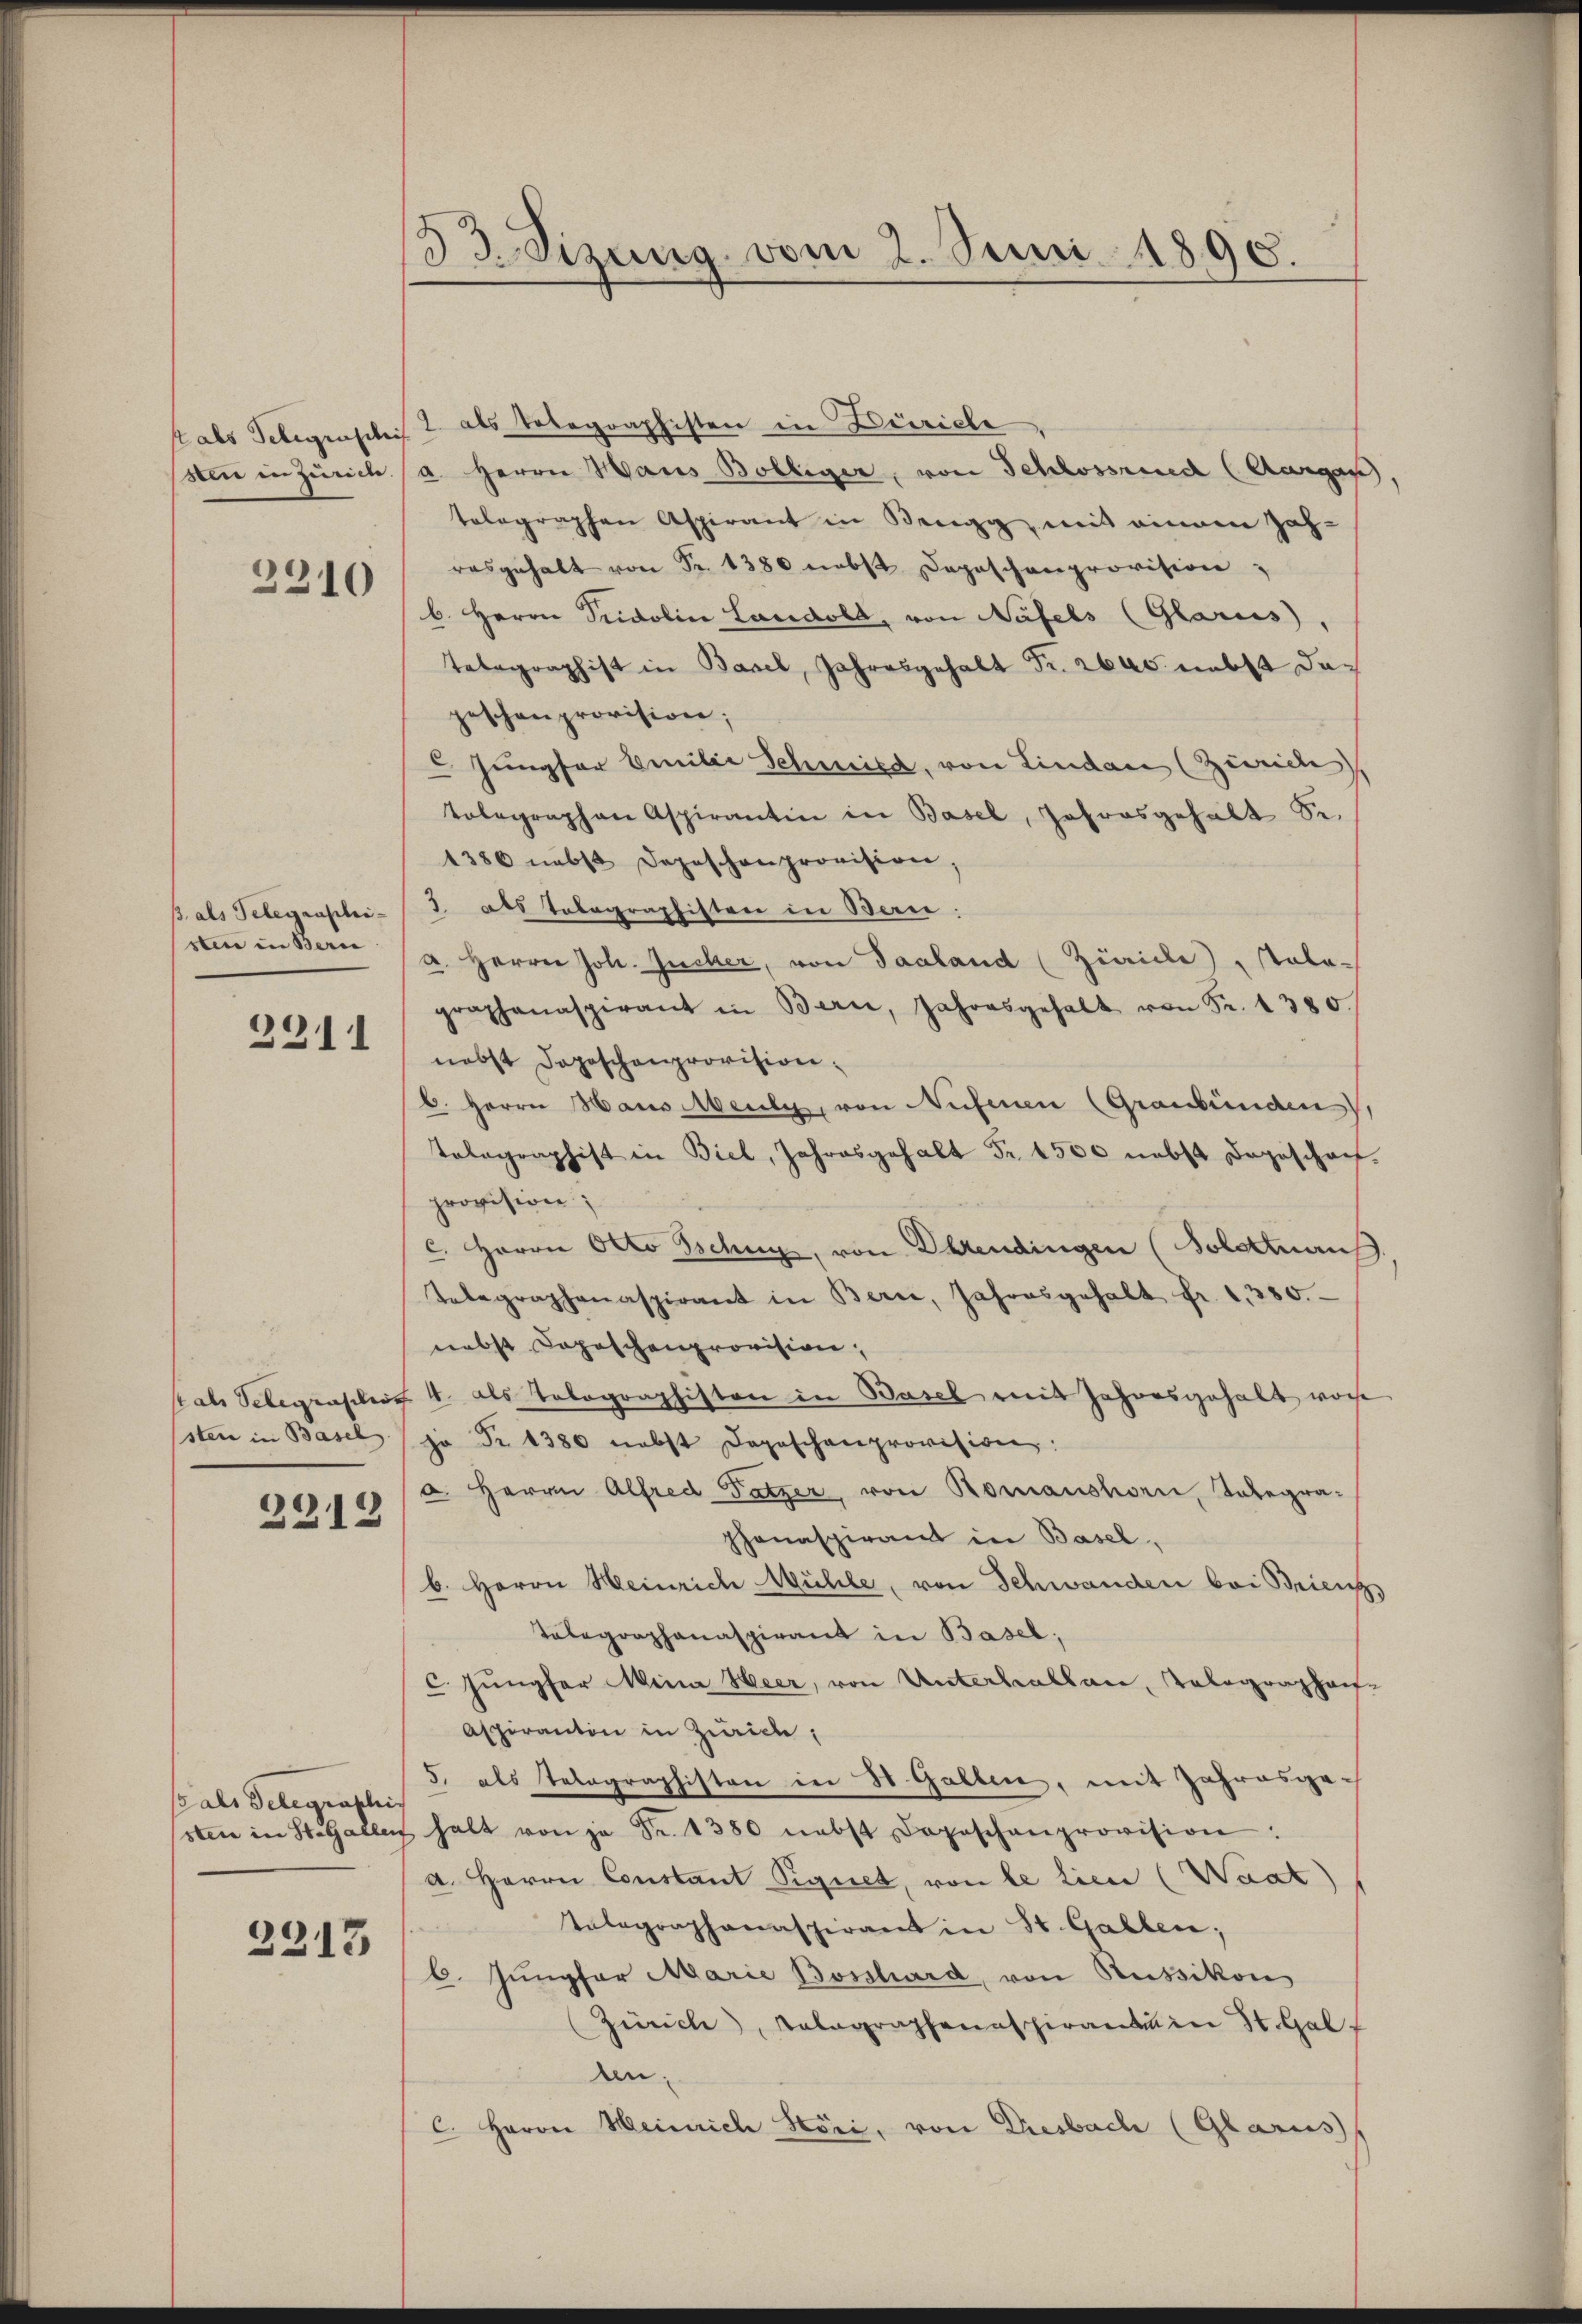
sten in Zürich.

2310

p. als Telegenschei-
sten in Bern

3211

sten in Basel

2313

so als Telegraphis

2213

d
33. Sizung vom 2. Juni 1890.

stals Telegenschi J. als Telegraphisten in Zürich
a. Herrn Haus Bolliger, von Schlossried (Aargau,
tolographen Aspirant in Brugg, mit einem Zah-
rasgehalt von Fr. 1380 nebst Depeschenprovision,
b. Herrn Pridolin Landold, von Näfels (Glarus,
Telegraphist in Basel, Jahresgehalt Fr. aus nebst dageschenprovision;
Jungfer Emilie Schmied, von Lindau (Zürich,
tolographen Aspirantin in Basel, Jahresgehalt Se.
1380 nebst Depeschenprovision,
3 als Telegraphisten in Bern:
a. Herrn Joh. Jucker, von Saaland (Zürich ale-
graphanaspirant in Bern, Jahresgehalt von Fr. 1380.
nebst Doposchenprovisionb. Herrn Haus Meuly, von Nufenen (Graubünden),
Telegraphist in Biel, Jahresgehalt Fr. 1500 nebst dageschach.
provision;
c. Herrn Otto Ischig, von Ihrendingen (Solottaus
Telegraphenaspirant in Bern, Jahresgehalt fr. 1280.
nebst Copischenprovision,
stals Telegraphier 4. als Tolographiston in Basel mit Jahresgehalt wor
jo Nr. 1380 nebst Depeschenprovision:
a. Herrn Alfred Satzer von Romanshorn, Tabegraphonaspirant in Basel,
b. Herrn Heinrich Mühle, von Schwanden bei Brienz,
Telegraphanaspirant in Basel;
c. Jungfer Mina Heer, von Unterhallen, Telegraphen-
Aspirantin in Zürich,
5. als Telegraphisten in St. Gallen, mit Jahresgesten in St. Gallen halt von je Fr. 1380 nebst Depeschenprovision:
a. Herrn Constant Signet, von le lien (Waat)
Telegraphanaspirant in St. Gallen;
C. Jŭngfor Marie Bosshard, von Russikon
Zürich, Tolographenaspirantin St. Gal
Anc. Herrn Meinrich Höri, von Dresbach (Glarus